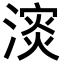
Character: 𪷅